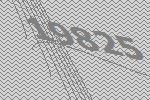
19825